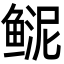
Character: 𩾆